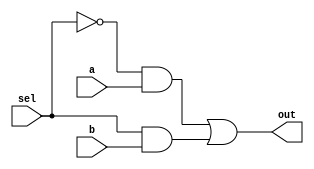
module twoistoonemux(out,sel,a,b);

	input a,b,sel;
	
	output out;
	
	assign out = (~sel & a) | (sel & b);

endmodule